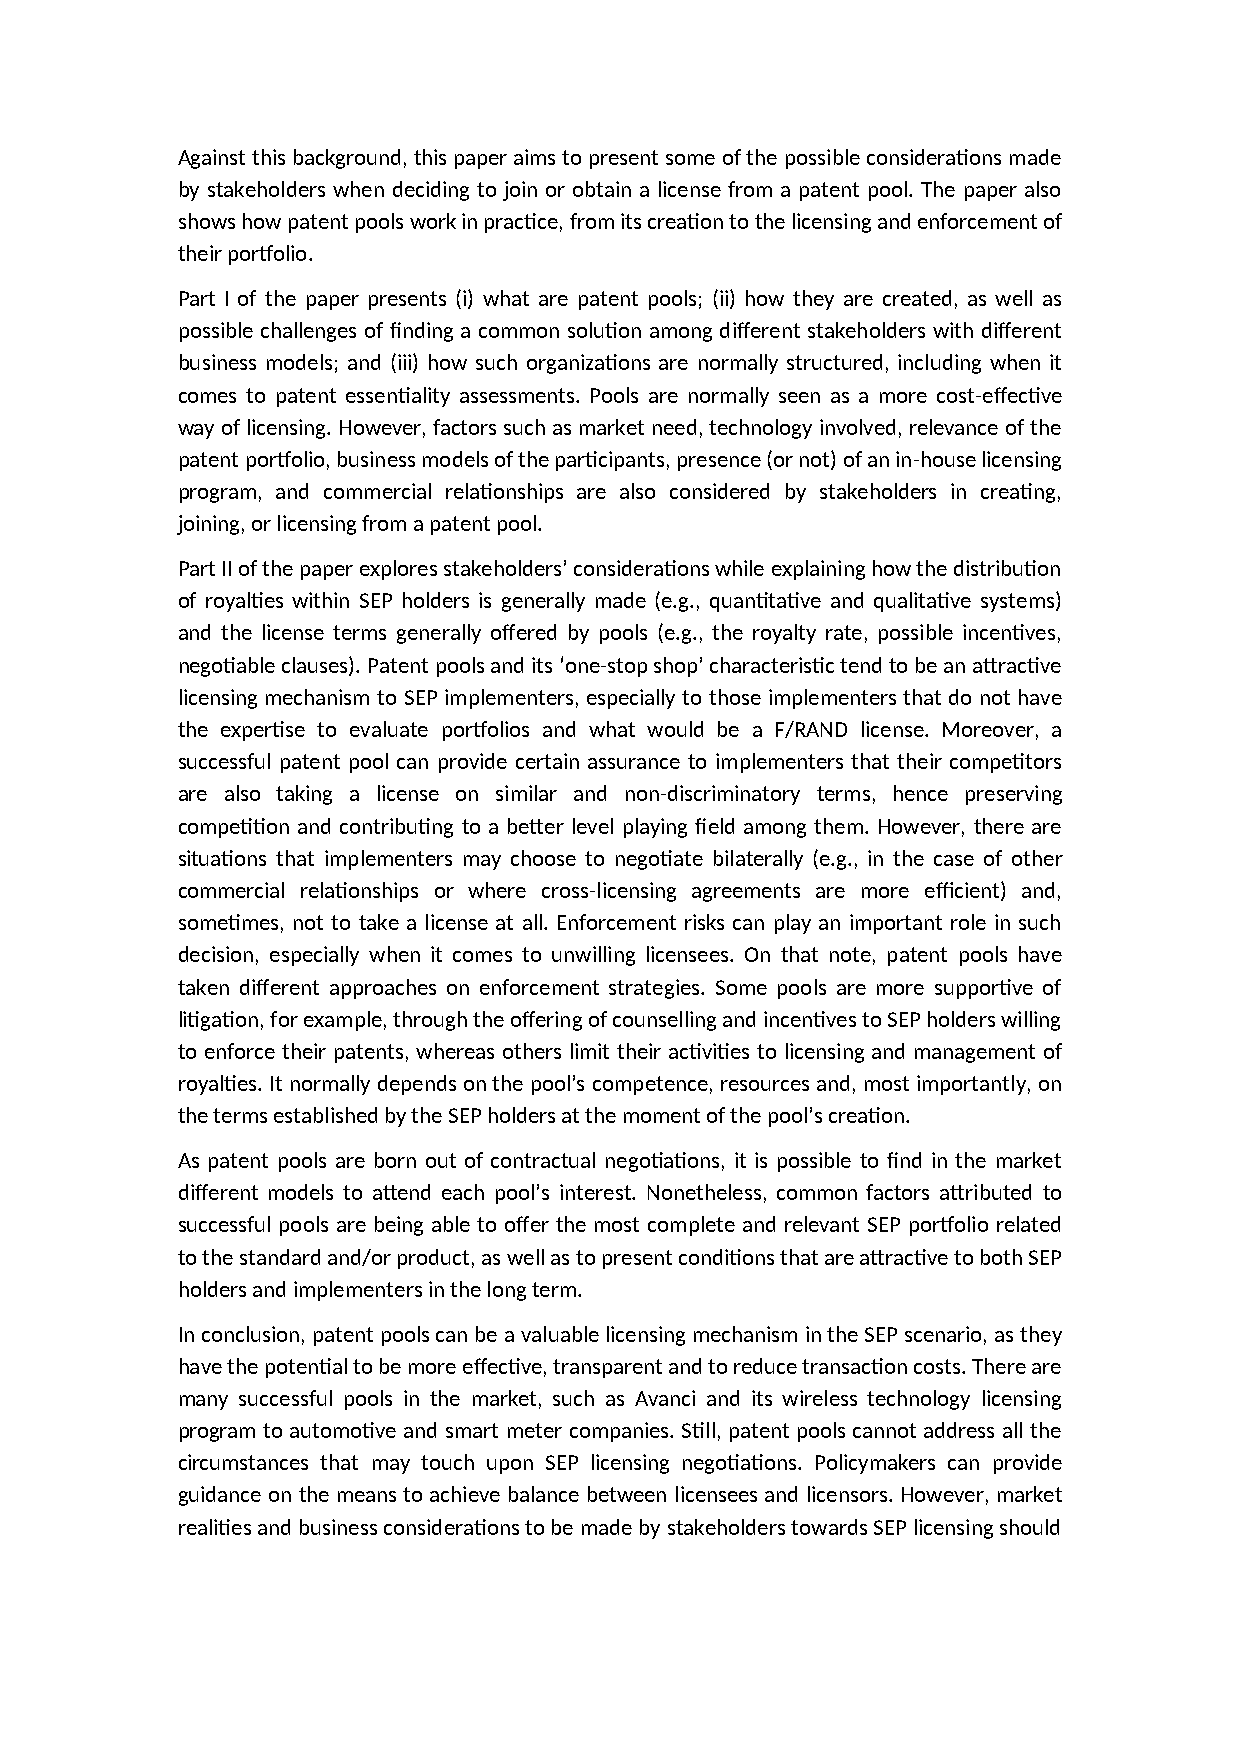
Against this background, this paper aims to present some of the possible considerations made
 by stakeholders when deciding to join or obtain a license from a patent pool. The paper also
 shows how patent pools work in practice, from its creation to the licensing and enforcement of
 their portfolio.
 Part I of the paper presents (i) what are patent pools; (ii) how they are created, as well as
 possible challenges of finding a common solution among different stakeholders with different
 business models; and (iii) how such organizations are normally structured, including when it
 comes to patent essentiality assessments. Pools are normally seen as a more cost-effective
 way of licensing. However, factors such as market need, technology involved, relevance of the
 patent portfolio, business models of the participants, presence (or not) of an in-house licensing
 program, and commercial relationships are also considered by stakeholders in creating,
 joining, or licensing from a patent pool.
 Part II of the paper explores stakeholders’ considerations while explaining how the distribution
 of royalties within SEP holders is generally made (e.g., quantitative and qualitative systems)
 and the license terms generally offered by pools (e.g., the royalty rate, possible incentives,
 negotiable clauses). Patent pools and its ‘one-stop shop’ characteristic tend to be an attractive
 licensing mechanism to SEP implementers, especially to those implementers that do not have
 the expertise to evaluate portfolios and what would be a F/RAND license. Moreover, a
 successful patent pool can provide certain assurance to implementers that their competitors
 are also taking a license on similar and non-discriminatory terms, hence preserving
 competition and contributing to a better level playing field among them. However, there are
 situations that implementers may choose to negotiate bilaterally (e.g., in the case of other
 commercial relationships or where cross-licensing agreements are more efficient) and,
 sometimes, not to take a license at all. Enforcement risks can play an important role in such
 decision, especially when it comes to unwilling licensees. On that note, patent pools have
 taken different approaches on enforcement strategies. Some pools are more supportive of
 litigation, for example, through the offering of counselling and incentives to SEP holders willing
 to enforce their patents, whereas others limit their activities to licensing and management of
 royalties. It normally depends on the pool’s competence, resources and, most importantly, on
 the terms established by the SEP holders at the moment of the pool’s creation.
 As patent pools are born out of contractual negotiations, it is possible to find in the market
 different models to attend each pool’s interest. Nonetheless, common factors attributed to
 successful pools are being able to offer the most complete and relevant SEP portfolio related
 to the standard and/or product, as well as to present conditions that are attractive to both SEP
 holders and implementers in the long term.
 In conclusion, patent pools can be a valuable licensing mechanism in the SEP scenario, as they
 have the potential to be more effective, transparent and to reduce transaction costs. There are
 many successful pools in the market, such as Avanci and its wireless technology licensing
 program to automotive and smart meter companies. Still, patent pools cannot address all the
 circumstances that may touch upon SEP licensing negotiations. Policymakers can provide
 guidance on the means to achieve balance between licensees and licensors. However, market
 realities and business considerations to be made by stakeholders towards SEP licensing should